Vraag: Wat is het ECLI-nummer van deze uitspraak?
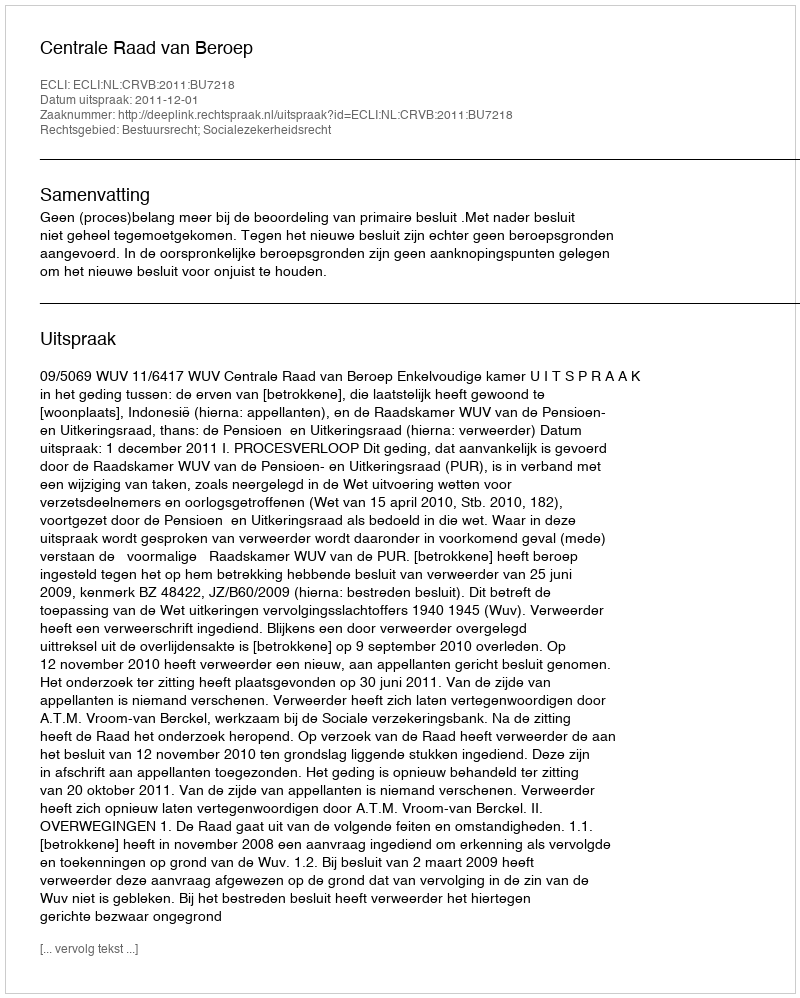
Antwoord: ECLI:NL:CRVB:2011:BU7218